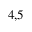
^ { 4 , 5 }